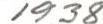
1938